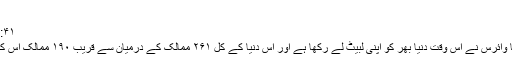
تصاویر
Mar ۲۴, ۲۰۲۰ ۱۱:۴۱
وبائی بیماری کورونا وائرس نے اس وقت دنیا بھر کو اپنی لبیٹ لے رکھا ہے اور اس دنیا کے کل ۲۶۱ ممالک کے درمیان سے قریب ۱۹۰ ممالک اس کی زد میں آچکے ہیں۔